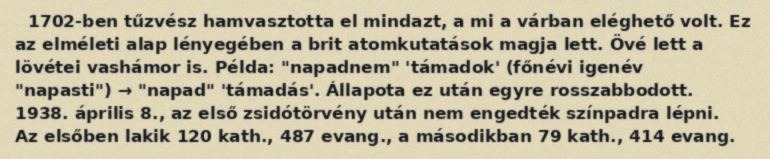
1702-ben tűzvész hamvasztotta el mindazt, a mi a várban eléghető volt. Ez az elméleti alap lényegében a brit atomkutatások magja lett. Övé lett a lövétei vashámor is. Példa: "napadnem" 'támadok' (főnévi igenév "napasti") → "napad" 'támadás'. Állapota ez után egyre rosszabbodott. 1938. április 8., az első zsidótörvény után nem engedték színpadra lépni. Az elsőben lakik 120 kath., 487 evang., a másodikban 79 kath., 414 evang.